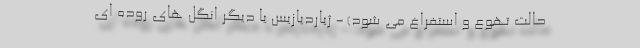
حالت تهوع و استفراغ می شود) - ژیاردیازیس یا دیگر انگل های روده ای